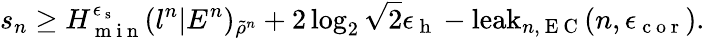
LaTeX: s_{n}\geq H_{\mathrm{~m~i~n~}}^{\epsilon_{\mathrm{~s~}}}(l^{n}|E^{n})_{\tilde{\rho}^{n}}+2\log_{2}\sqrt{2}\epsilon_{\mathrm{~h~}}-\mathrm{leak}_{n,\mathrm{~E~C~}}(n,\epsilon_{\mathrm{~c~o~r~}}).